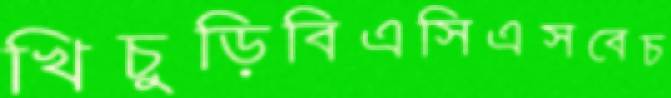
খিচুড়িবিএসিএসবেচ